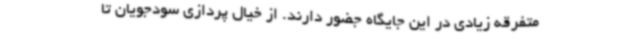
متفرقه زیادی در این جایگاه جضور دارند. از خیال پردازی سودجویان تا